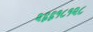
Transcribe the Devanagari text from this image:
२६६१८१२८